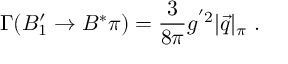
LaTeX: \Gamma ( B _ { 1 } ^ { \prime } \to B ^ { * } \pi ) = { \frac { 3 } { 8 \pi } } g ^ { ' 2 } | \vec { q } | _ { \pi } \; .